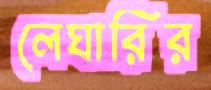
লেঘারির